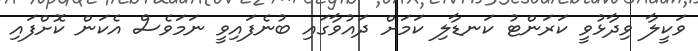
ވަކީލާ ވިދާޅުވީ ކަރަންޓު ކަނޑާލި ކަމަށް ދައުވާގައި ބުނެފައިވީ ނަމަވެސް އެކަން ކޮށްފައި